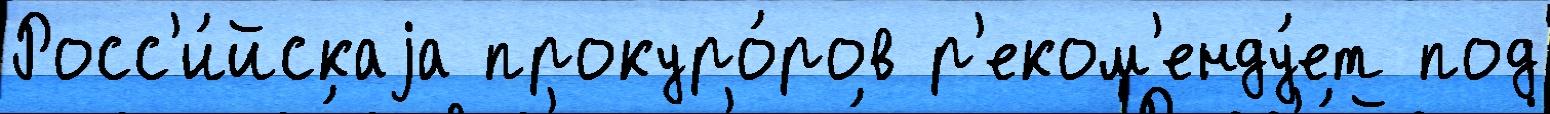
Росс'и́йскаjа прокуро́ров р'еком'енду́ет под